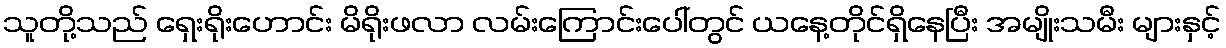
သူတို့သည် ရှေးရိုးဟောင်း မိရိုးဖလာ လမ်းကြောင်းပေါ်တွင် ယနေ့တိုင်ရှိနေပြီး အမျိုးသမီး များနှင့်